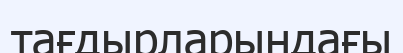
тағдырларындағы